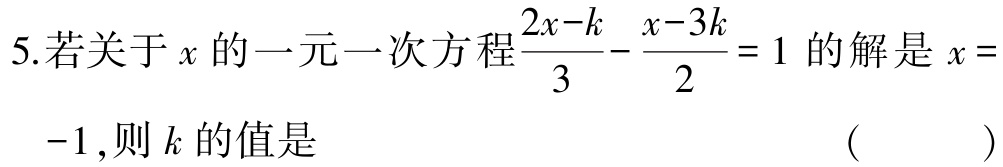
5.若关于\(x\)的一元一次方程\(\frac{2x - k}{3} - \frac{x - 3k}{2} = 1\)的解是\(x = -1\)，则\(k\)的值是 （  ）